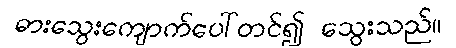
ဓားသွေးကျောက်ပေါ်တင်၍ သွေးသည်။